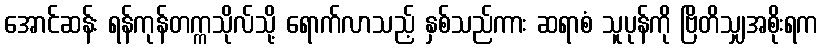
အောင်ဆန်း ရန်ကုန်တက္ကသိုလ်သို့ ရောက်လာသည့် နှစ်သည်ကား ဆရာစံ သူပုန်ကို ဗြိတိသျှအစိုးရက